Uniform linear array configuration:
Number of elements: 16
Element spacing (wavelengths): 0.5
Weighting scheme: hann
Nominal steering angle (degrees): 0
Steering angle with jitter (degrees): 1.446
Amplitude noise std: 0.05
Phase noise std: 0.05

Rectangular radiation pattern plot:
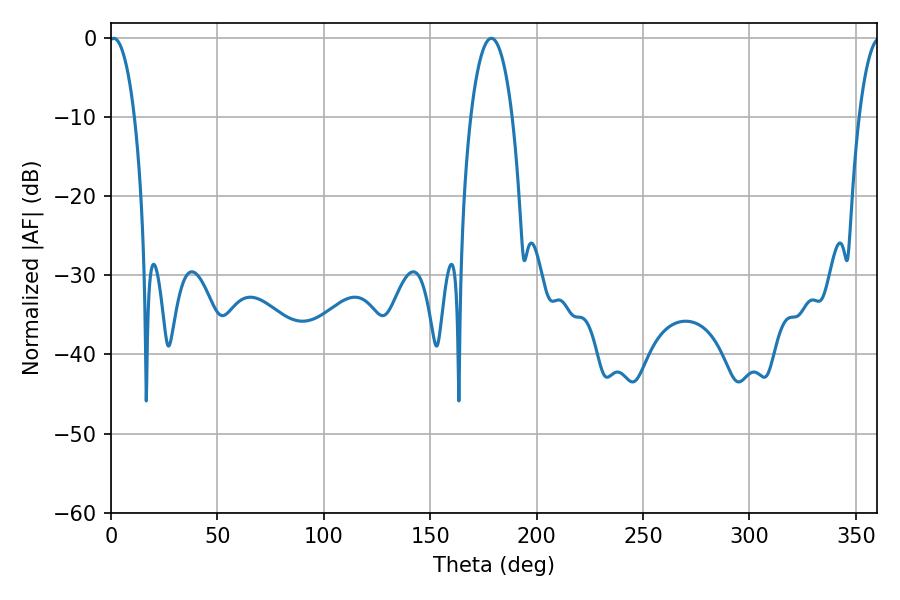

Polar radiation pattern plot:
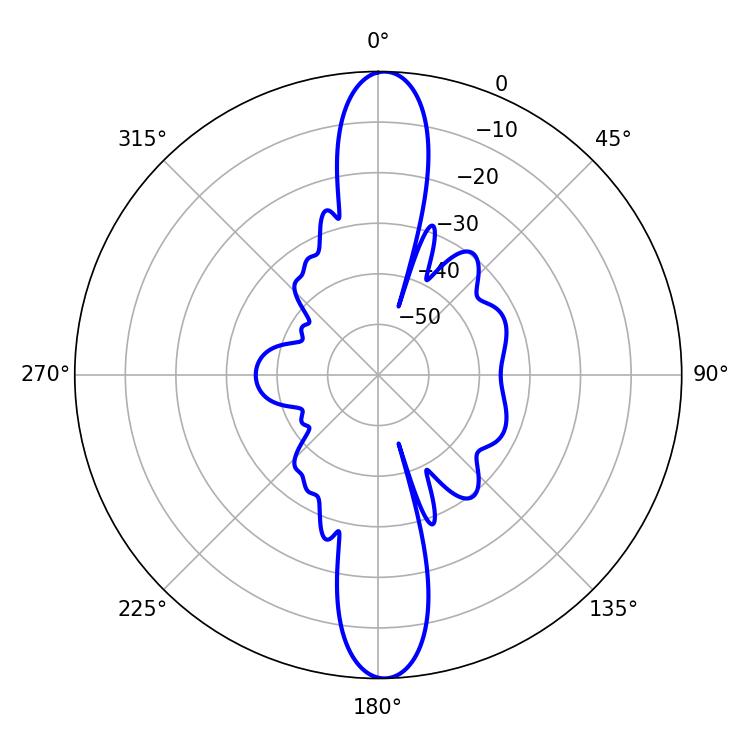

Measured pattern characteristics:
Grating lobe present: FALSE
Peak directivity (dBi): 23.366
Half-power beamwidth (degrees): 6.66
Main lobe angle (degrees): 1.26